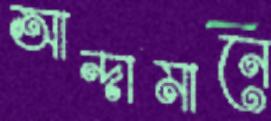
আন্দামানে